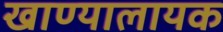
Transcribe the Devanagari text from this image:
खाण्यालायक